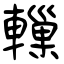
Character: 轈